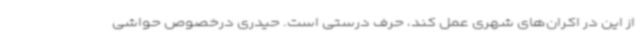
از این در اکران‌های شهری عمل کند، حرف درستی است. حیدری درخصوص حواشی